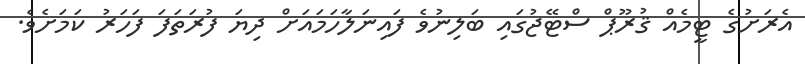
އެރަށުގެ ޓީމެއް ޤުރޫޕް ސްޓޭޖުގައި ބަލިނުވެ ފައިނަލާހަމައަށް ދިޔަ ފުރަތަފަ ފަހަރު ކަމަށެވެ.